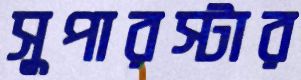
সুপারস্টার